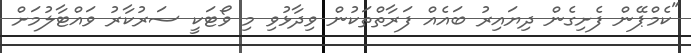
"ކެމްޕޭން ފެށިގެން ދިޔައިރު ބައެއް ފަރާތްތަކުން ވިދާޅުވި މި ވޯޓަކީ ސަރުކާރު ވައްޓާލުމަށް